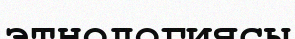
этнологиясы